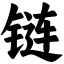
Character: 链